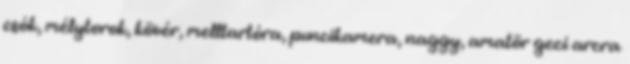
csók, mélytorok, kövér, melltartóra, puncikamera, naggy, amatör geci arcra